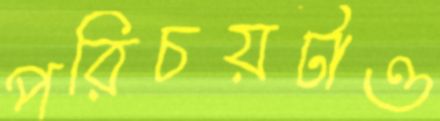
পরিচয়টাও